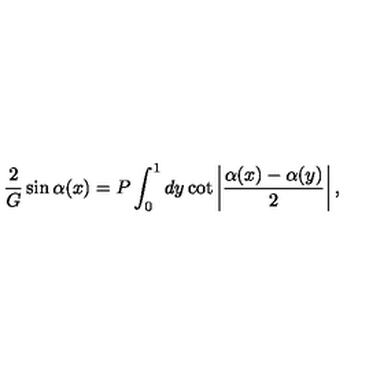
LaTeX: { \frac { 2 } { G } } \sin \alpha ( x ) = P \int _ { 0 } ^ { 1 } d y \cot \left| { \frac { \alpha ( x ) - \alpha ( y ) } { 2 } } \right| ,